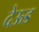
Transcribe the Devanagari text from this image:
देऊड